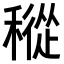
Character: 𥡬